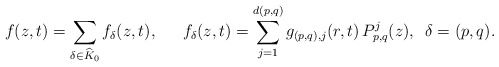
\begin{align*}f(z,t) = \sum_{\delta \in \widehat{K}_0} f_\delta(z,t),\,\,\,\, \,\, \,\,\, f_\delta(z,t) = \sum_{j=1}^{d(p,q)}g_{(p,q),j}(r,t)\, P_{p,q}^j(z), \,\,\, \delta = (p,q).\end{align*}